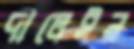
দালেইন